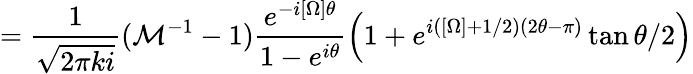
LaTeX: =\frac{1}{\sqrt{2\pi ki}}({\cal M}^{-1}-1)\frac{e^{-i[\Omega]\theta}}{1-e^{i\theta}}\left(1+e^{i\left([\Omega]+1/2\right)(2\theta-\pi)}\tan\theta/2\right)